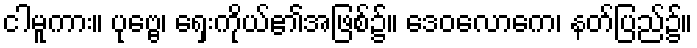
ငါမူကား။ ပုဗ္ဗေ၊ ရှေးကိုယ်၏အဖြစ်၌။ ဒေဝလောကေ၊ နတ်ပြည်၌။